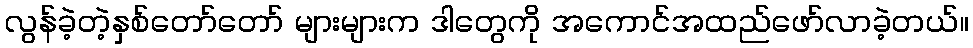
လွန်ခဲ့တဲ့နှစ်တော်တော် များများက ဒါတွေကို အကောင်အထည်ဖော်လာခဲ့တယ်။